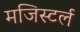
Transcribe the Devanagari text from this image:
मजिस्टर्ल